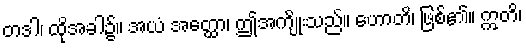
တဒါ၊ ထိုအခါ၌။ အယံ အတ္ထော၊ ဤအကျိုးသည်။ ဟောတိ၊ ဖြစ်၏။ ဣတိ၊